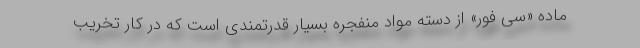
ماده «سی فور» از دسته مواد منفجره بسیار قدرتمندی است که در کار تخریب